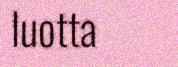
luotta